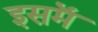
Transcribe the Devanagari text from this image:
इसमॆं